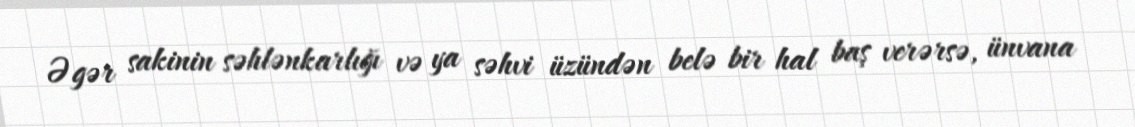
Əgər sakinin səhlənkarlığı və ya səhvi üzündən belə bir hal baş verərsə, ünvana